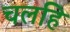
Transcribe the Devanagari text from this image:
चलहि